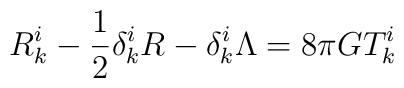
R^i_k - \frac{1}{2} \delta^i_k R - \delta^i_k \Lambda = 8\pi G T^i_k